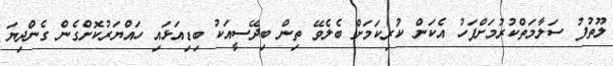
ލޫތުފު ސަލާމަތްކުރުމަށްފަހު އެކަން ކުރިކަމަށް ބެލެވޭ ތިން ބިދޭސީއަކު ބިޑިއަޅައި ހައްޔަރުކޮށްގެން ގެންދިޔަ